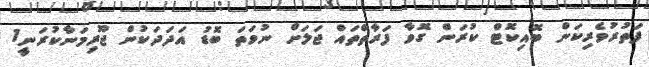
ފަތުރުވެރިކަން ބޮއިކޮޓް ކުރަން ގޮވާ ފަރާތްތައް ޖަލަށް ނުވަތަ ބޮޑު އަދަދަކުން ޖޫރިމަނާކުރަނީ1